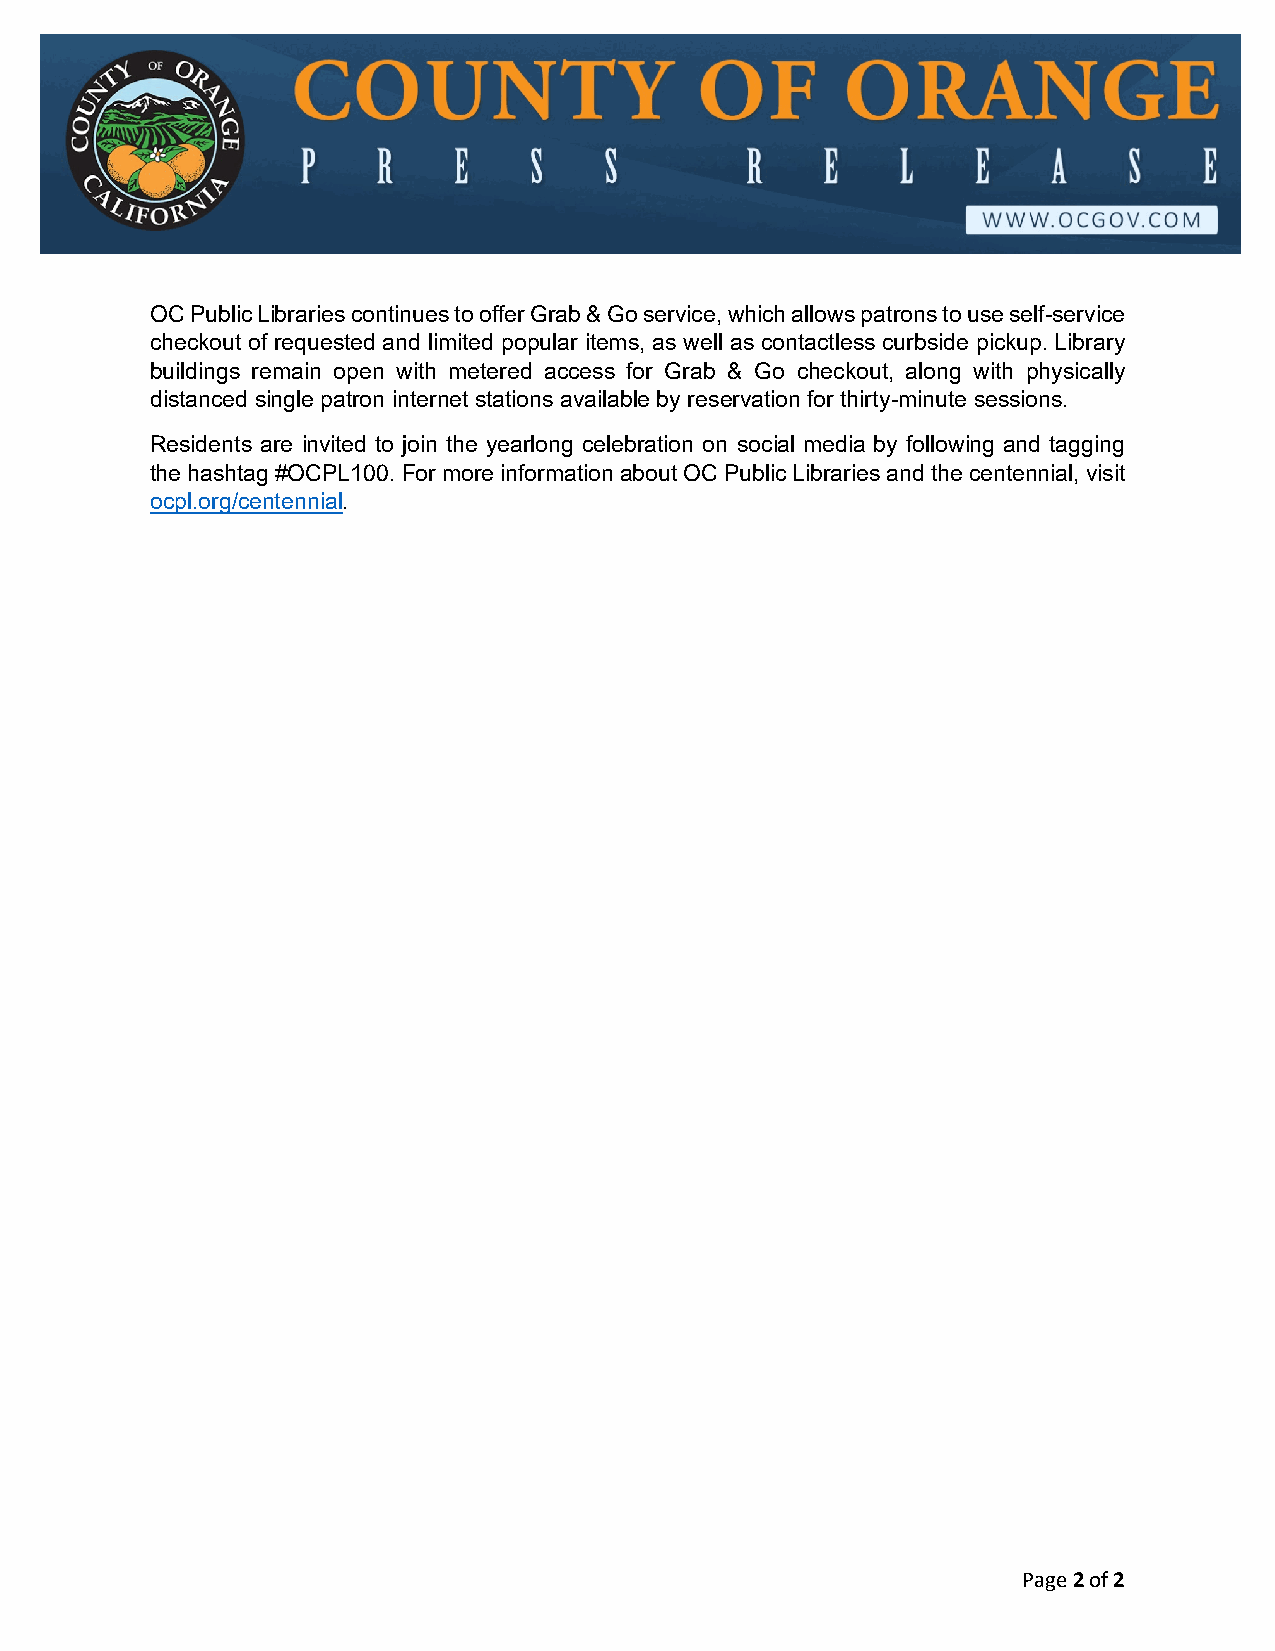
OC Public Libraries continues to offer Grab & Go service, which allows patrons to use self-service
 checkout of requested and limited popular items, as well as contactless curbside pickup. Library
 buildings remain open with metered access for Grab & Go checkout, along with physically
 distanced single patron internet stations available by reservation for thirty-minute sessions.
 Residents are invited to join the yearlong celebration on social media by following and tagging
 the hashtag #OCPL100. For more information about OC Public Libraries and the centennial, visit
 ocpl.org/centennial.
 Page 2 of 2